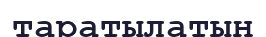
таратылатын